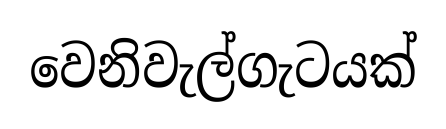
වෙනිවැල්ගැටයක්